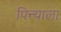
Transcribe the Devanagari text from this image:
पित्त्याला